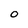
Character: O